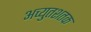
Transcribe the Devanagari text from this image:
अच्युतशतक